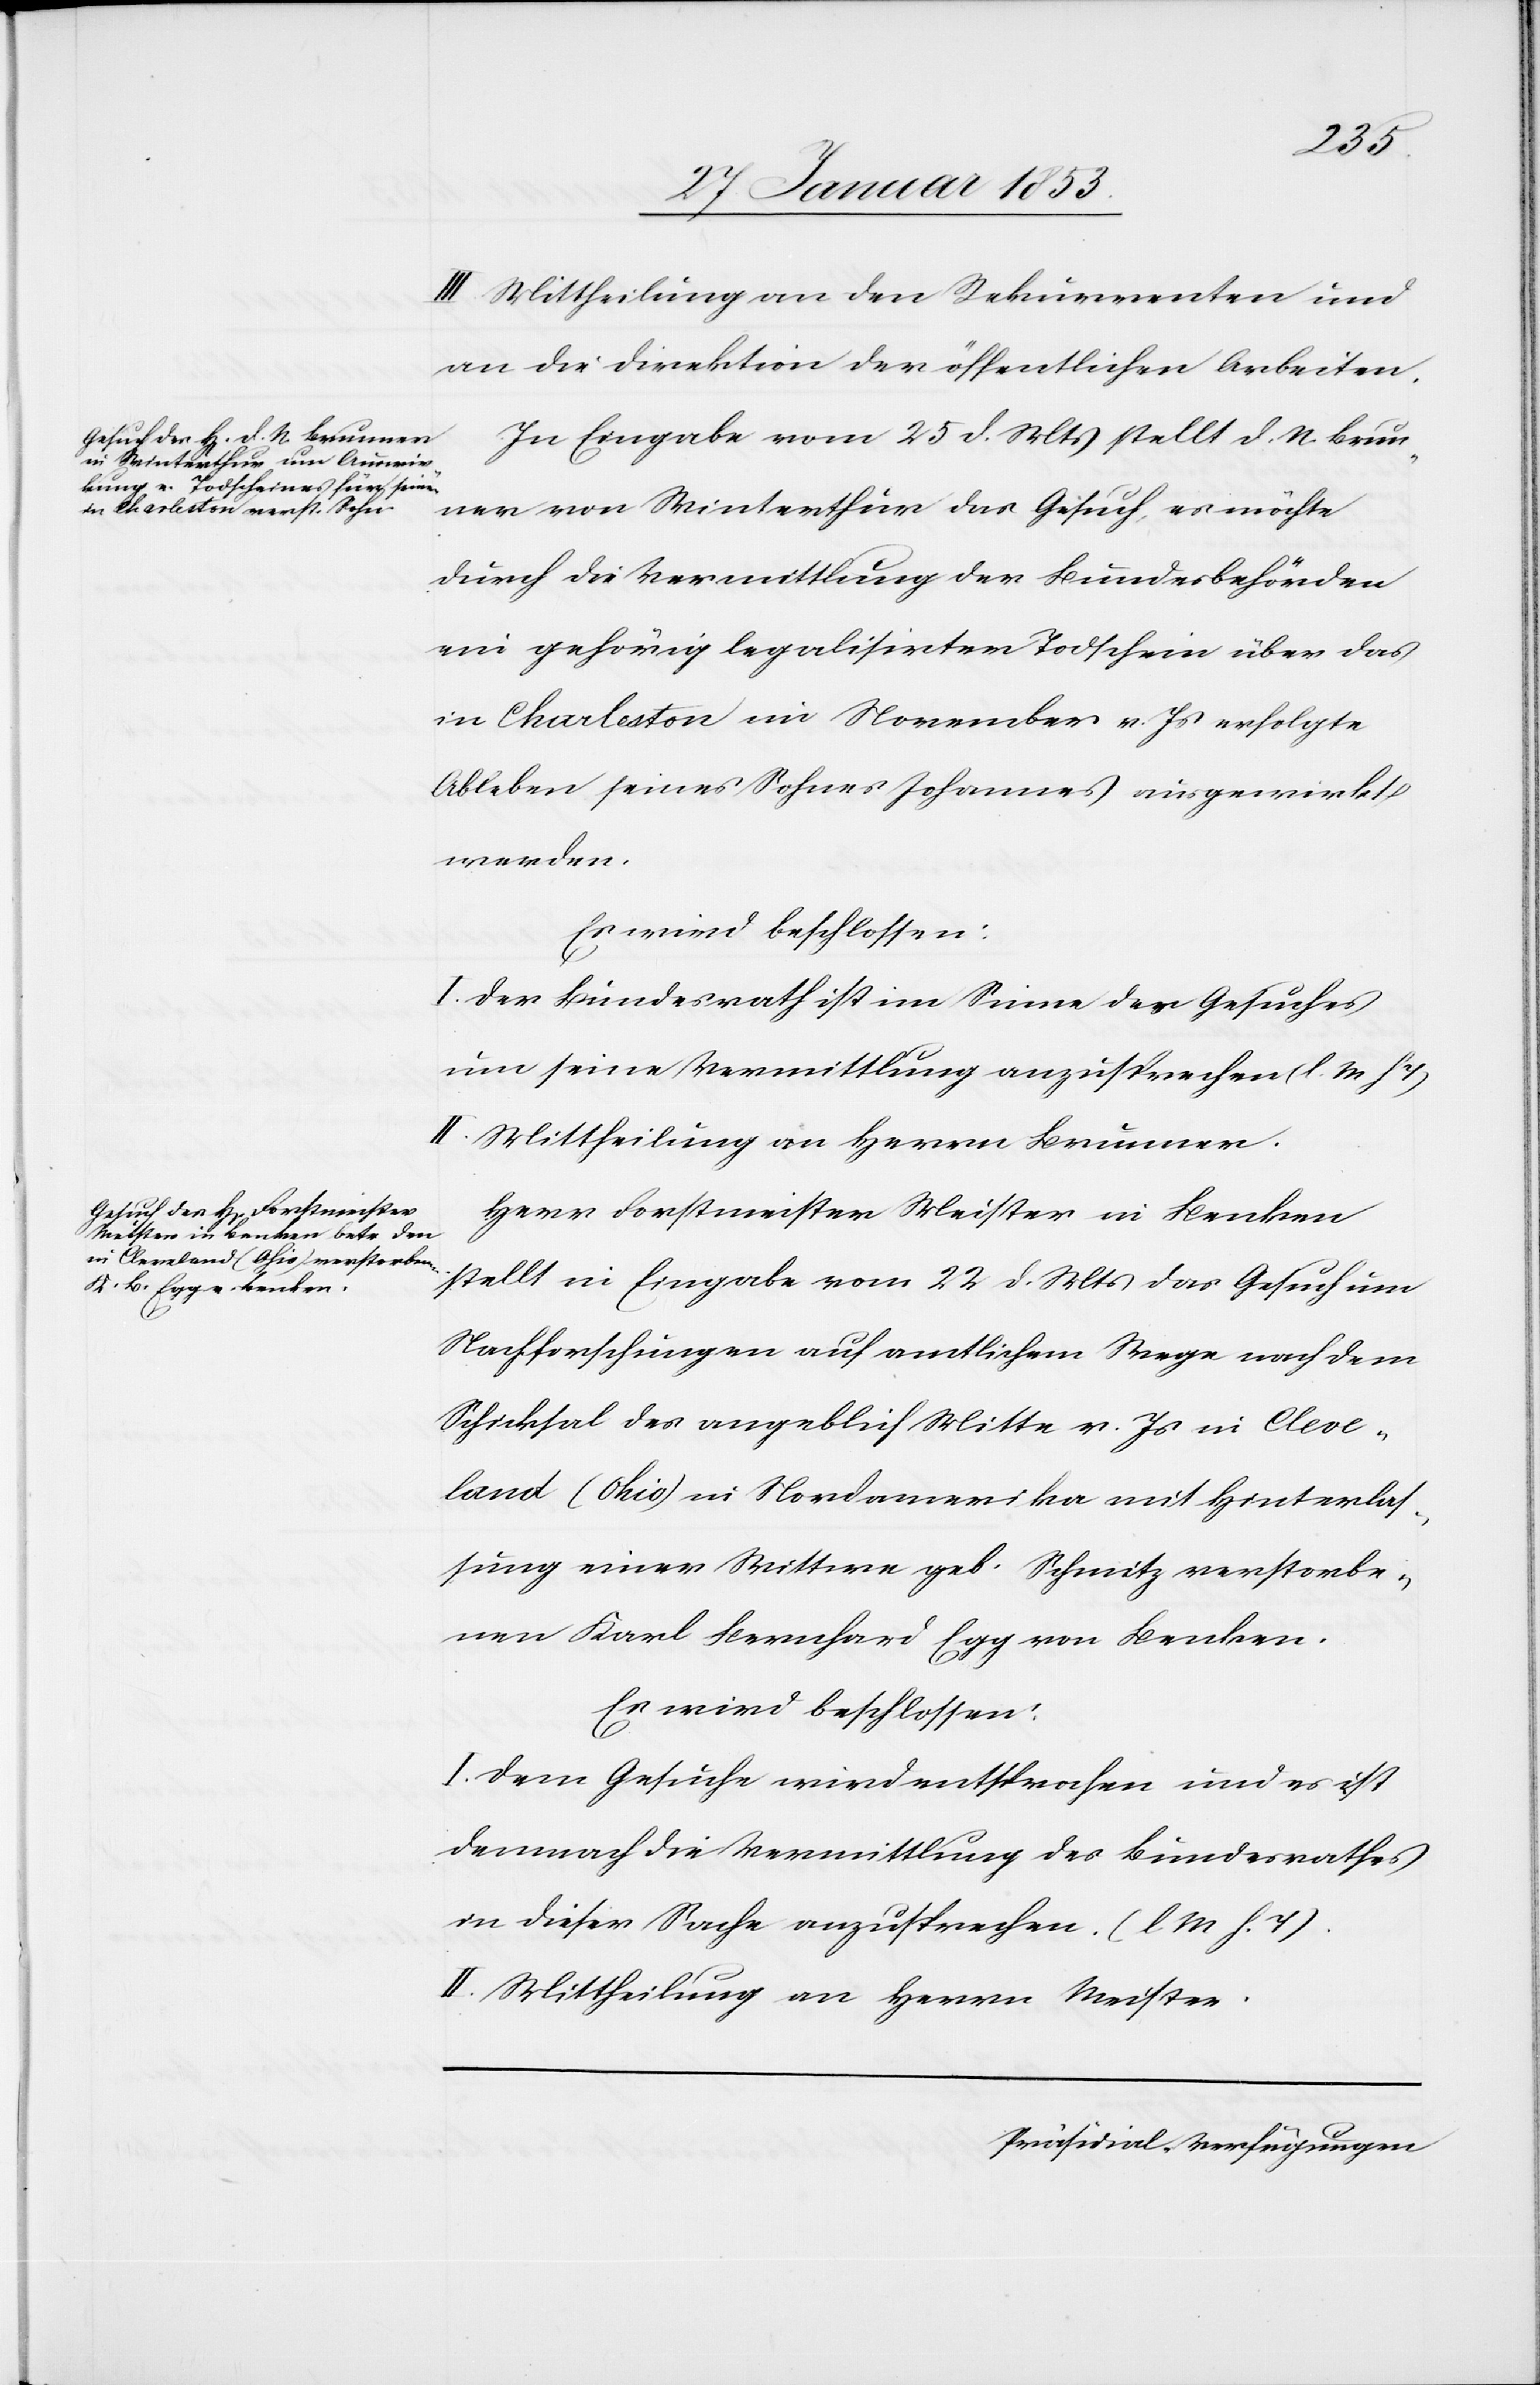
III. Mittheilung an den Rekurrenten und
an die Direktion der öffentlichen Arbeiten.
In Eingabe vom 25 d. Mts. stellt D. N. Brun¬
ner von Winterthur das Gesuch es möchte
durch die Vermittlung der Bundesbehörden
ein gehörig legalisirter Todtschein über das
in Charleston im November v. Js. erfolgte
Ableben seines Sohnes Johannes ausgewirkt
werden.
Es wird beschlossen:
I. Der Bundesrath ist im Sinne des Gesuches
um seine Vermittlung anzusprechen [l. M. h.
II. Mittheilung an Herrn Brunner.
Herr Forstmeister Meister in Benken
stellt in Eingabe vom 22 d. Mts. das Gesuch um
Nachforschungen auf amtlichem Wege nach dem
Schicksal des angeblich Mitte v. Js. in Cleve¬
land (Ohio) in Nordamerika mit Hinterlas¬
sung einer Wittwe geb. Schmitz verstorbe¬
nen Karl Bernhard Egg von Benken.
Es wird beschlossen:
I. Dem Gesuche wird entsprochen und es ist
demnach die Vermittlung des Bundesrathes
in dieser Sache anzusprechen. [l. M. h. T]
II. Mittheilung an Herrn Meister.